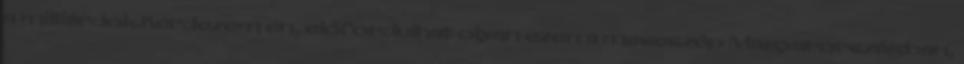
a milliárdok.Kérdezem én, előfordulhat olyan ezen a meseszép Magyarországban,